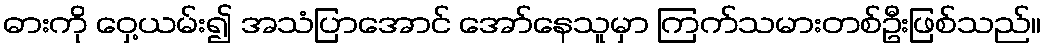
ဓားကို ဝှေ့ယမ်း၍ အသံပြာအောင် အော်နေသူမှာ ကြက်သမားတစ်ဦးဖြစ်သည်။